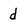
Character: d